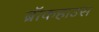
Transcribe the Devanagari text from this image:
ब्रॉकहाउस